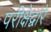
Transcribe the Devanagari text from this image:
परीक्षेद्वारे